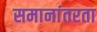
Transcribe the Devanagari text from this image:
समानांतरता